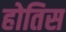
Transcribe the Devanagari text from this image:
होतिस